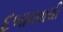
દબાવવાથી